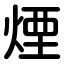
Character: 煙